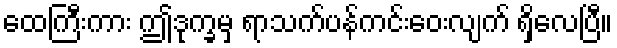
ထေကြီးကား ဤဒုက္ခမှ ရာသက်ပန်ကင်းဝေးလျက် ရှိလေပြီ။